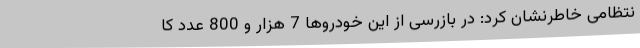
نتظامی خاطرنشان کرد: در بازرسی از این خودروها 7 هزار و 800 عدد کا